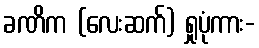
ခဏိက (လေးဆက်) ရှုပုံကား-